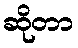
ဆိုတာ